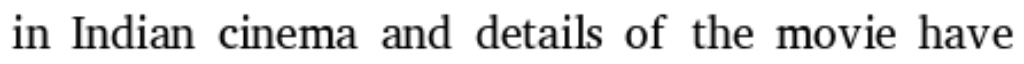
in Indian cinema and details of the movie have